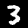
Digit: 3